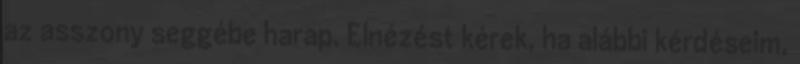
az asszony seggébe harap. Elnézést kérek, ha alábbi kérdéseim,